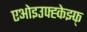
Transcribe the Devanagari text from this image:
एओइउफ्ह्केझ्फ्